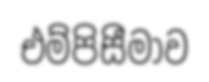
එම්පිසීමාව